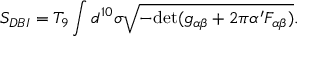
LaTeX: S _ { D B I } = T _ { 9 } \int d ^ { 1 0 } \sigma \sqrt { - \mathrm { d e t } ( g _ { \alpha \beta } + 2 \pi \alpha ^ { \prime } F _ { \alpha \beta } ) } .